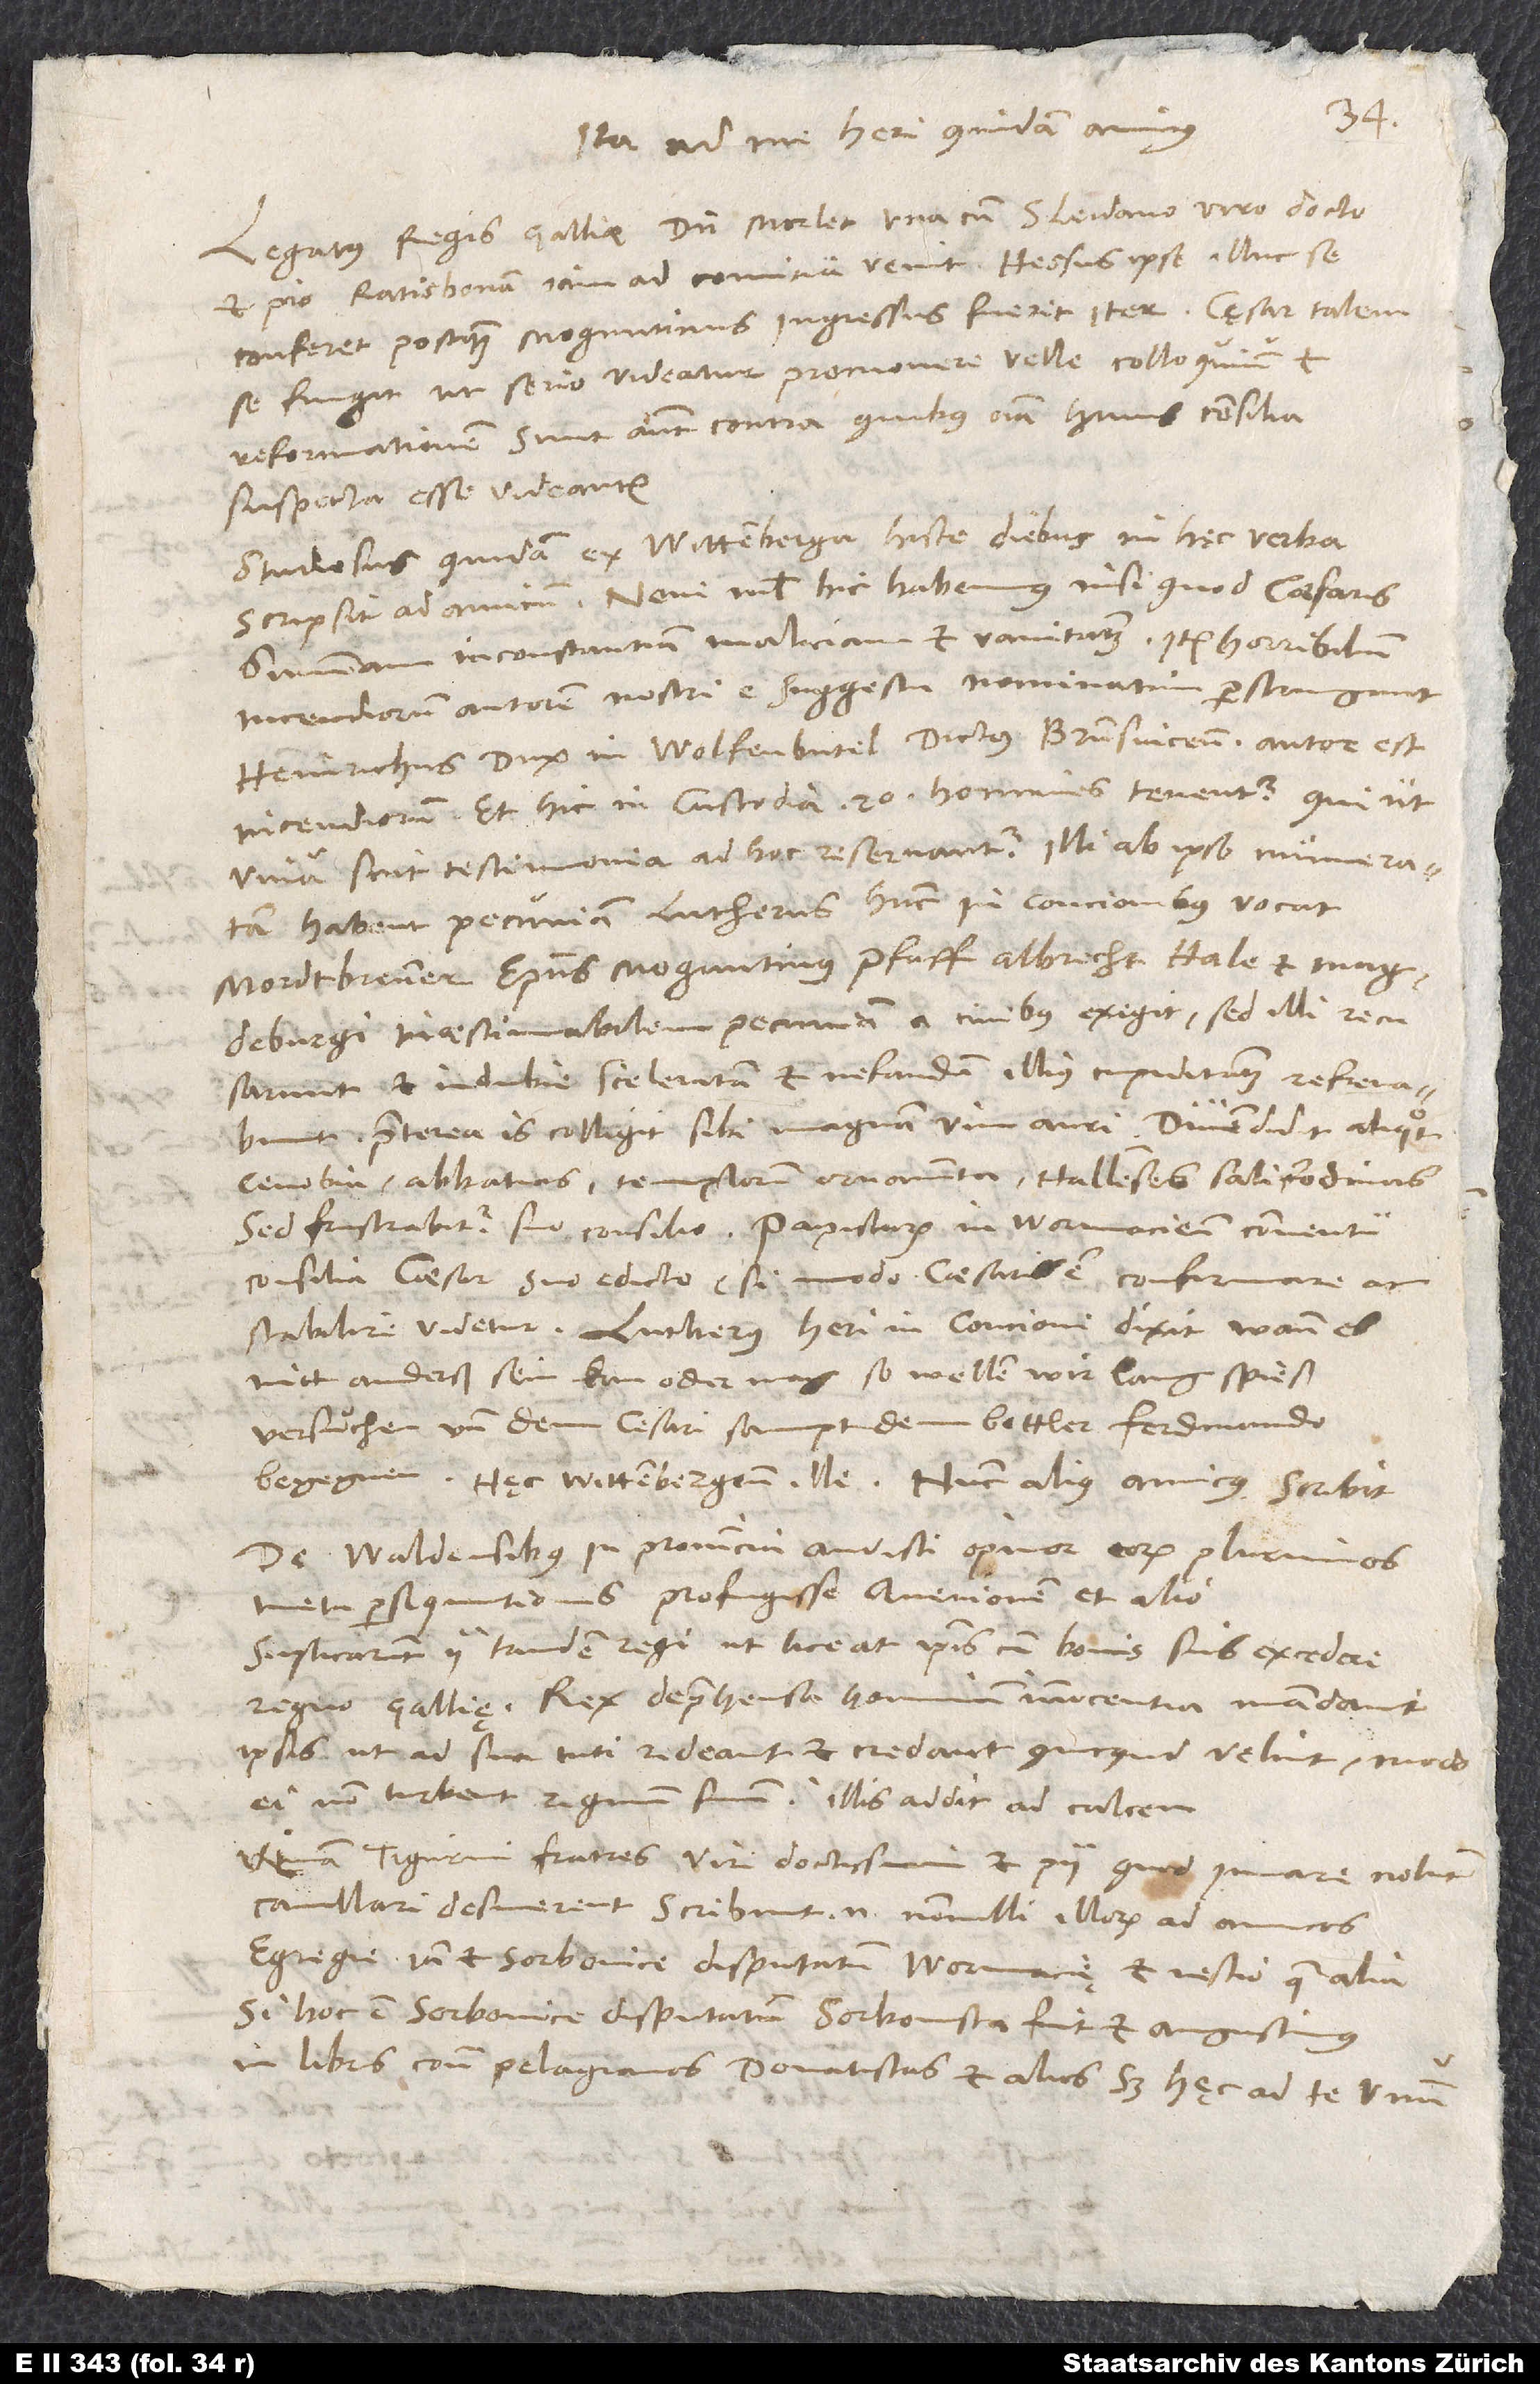
Ita ad me heri quidam amicus:
„Legatus regis Galliae, dominus Morlet, una cum Sleidano, viro docto
et pio, Ratisbonam iam ad comitia venit. Hessus ipse illuc se
conferet, postquam Moguntinus ingressus fuerit iter. Cęsar talem
se fingit, ut serio videatur promovere velle colloquium et
reformationem; sunt autem contra, quibus omnia huius consilia
suspecta esse videantur.“
Studiosus quidam ex Witteberga hisce diebus in hęc verba
scripsit ad amicum: „Novi nihil hic habemus, nisi quod caesaris
summam inconstantiam, maliciam et vanitatem, item horribilium
incendiorum autorem nostri e suggestu nominatim perstringunt.
Heinrichus dux in Wolfenbutel, dictus Brunsvicensis, autor est
incendiorum, et hic in custodia 20 homines tenentur, qui, ut
viva sint testimonia, ad hoc reservantur. Illi ab ipso numeratam
habent pecuniam. Lutherus hunc in concionibus vocat
inaestimabilem pecuniam a civibus exegit; sed illi recusarunt
et indubie sceleratam et nefandam illius cupiditatem refrenabunt.
Praeterea is colligit sibi magnam vim auri; divendidit aliquot
cenobia, abbatias, templorum ornamenta, Hallenses salifodinas.
Sed frustrabitur suo consilio. Papistarum in Wormaciensi conventu
consilia caesar suo edicto (si modo caesaris est) confirmare ac
stabilire videtur. Lutherus heri in concione dixit: „Wann es
nitt anderß sein kan oder mag, so wellen wir lang spieß
versuͦchen und dem cesari sampt dem bettler Ferdinando
„De Waldensibus in Provincia audisti, opinor, eorum plurimos
metu persequutionibus profugisse Avenionem et alio.
Suplicarunt ii tandem regi, ut liceat ipsis cum bonis suis excedere
ipsis, ut ad sua tuti redeant et credant, quicquid velint, modo
ei non turbent regnum suum.“ Illis addit ad calcem:
„Utinam Tigurini fratres, viri doctissimi et pii, quod iuvare nolunt,
cavillari desinerent! Scribunt enim nonnulli illorum ad amicos
egregie iam et Sorbonice disputatum Wormacię et nescio quae alia.
Si hoc est Sorbonice disputatum, Sorbonista fuit et Augustinus
in libris contra Pelagianos, Donatistas et alios.“ Sed hęc ad te unum.